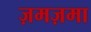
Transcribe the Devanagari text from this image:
ज़मज़मा